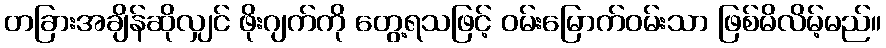
တခြားအချိန်ဆိုလျှင် ဖိုးဂျက်ကို တွေ့ရသဖြင့် ဝမ်းမြောက်ဝမ်းသာ ဖြစ်မိလိမ့်မည်။